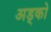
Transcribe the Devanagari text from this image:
अड्को